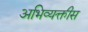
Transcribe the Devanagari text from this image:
अभिव्यक्तीस